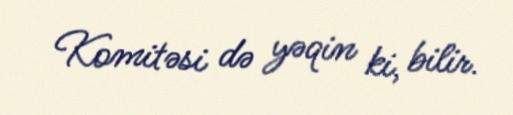
Komitəsi də yəqin ki, bilir.